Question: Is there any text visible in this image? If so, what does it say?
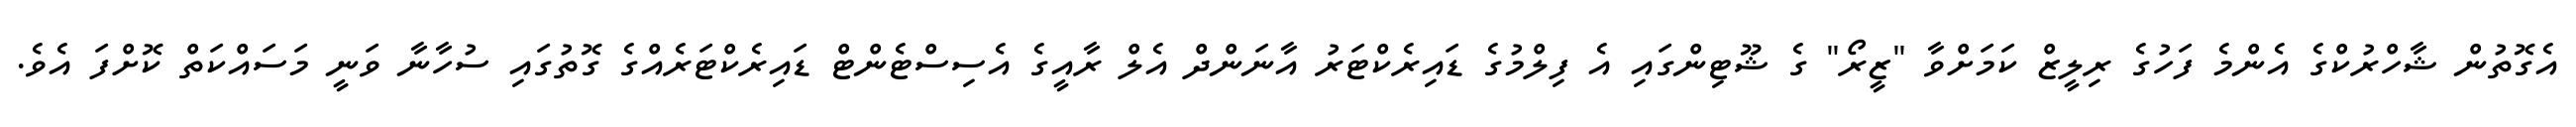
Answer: އެގޮތުން ޝާހްރުކްގެ އެންމެ ފަހުގެ ރިލީޒް ކަމަށްވާ "ޒީރޯ" ގެ ޝޫޓިންގައި އެ ފިލްމުގެ ޑައިރެކްޓަރު އާނަންދް އެލް ރާއީގެ އެސިސްޓެންޓް ޑައިރެކްޓަރެއްގެ ގޮތުގައި ސުހާނާ ވަނީ މަސައްކަތް ކޮށްފަ އެވެ.